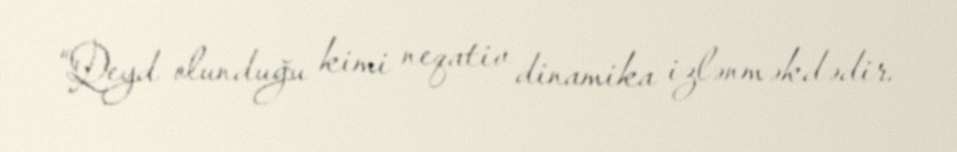
“Qeyd olunduğu kimi neqativ dinamika izlənməkdədir.